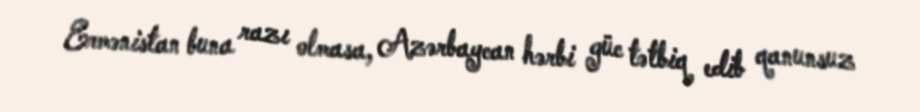
Ermənistan buna razı olmasa, Azərbaycan hərbi güc tətbiq edib qanunsuz